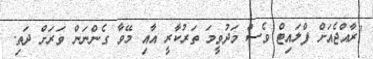
"ރާއްޖެއަށް ފްލައިޓް ވެސް މަދުވީމަ ތަރުކާރީ އާއި މޭވާ ގެންނަން ވަރަށް ދަތި.